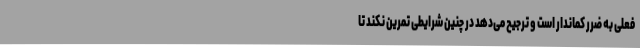
فعلی به ضرر کماندار است و ترجیح می‌دهد در چنین شرایطی تمرین نکند تا